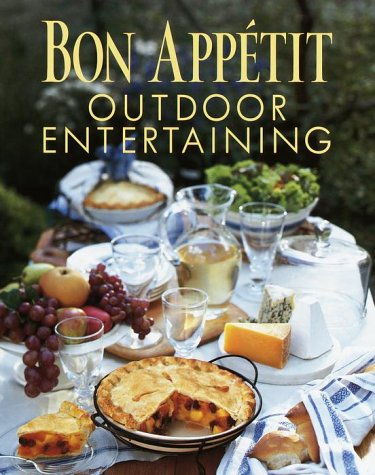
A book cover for Bon Appetit Outdoor Entertaining; Bon Appetit Editors; Cookbooks, Food & Wine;